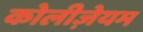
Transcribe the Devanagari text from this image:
कोलीज़ेयम